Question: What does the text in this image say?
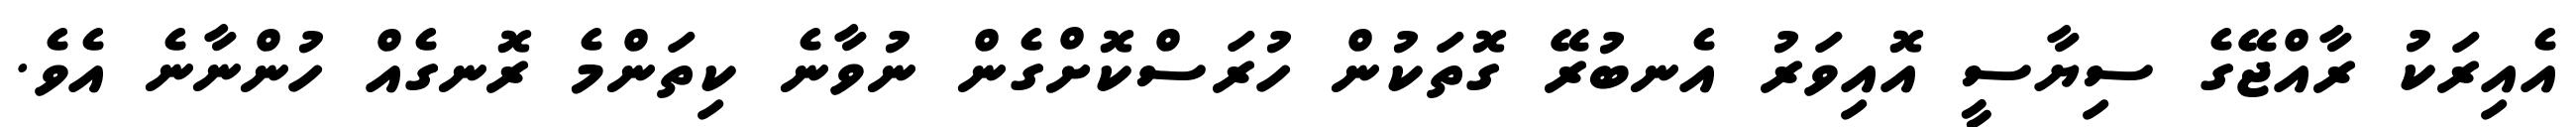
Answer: އެއިރަކު ރާއްޖޭގެ ސިޔާސީ އޮއިވަރު އެނބުރޭ ގޮތަކުން ހުރަސްކޮށްގެން ނުވާނެ ކިތަންމެ ރޮނގެއް ހުންނާނެ އެވެ.